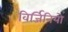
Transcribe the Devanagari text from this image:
विर्जिनियो